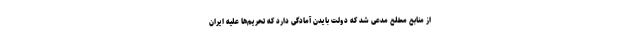
از منابع مطلع مدعی شد که دولت بایدن آمادگی دارد که تحریم‌ها علیه ایران